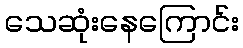
သေဆုံးနေကြောင်း